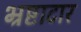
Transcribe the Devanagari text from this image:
भ्रष्टाटार